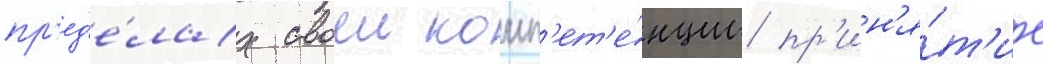
пр'ед'е́лах своеи комп'ет'е́нции пр'ин'я́т'ие